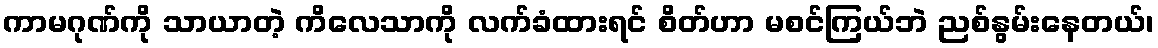
ကာမဂုဏ်ကို သာယာတဲ့ ကိလေသာကို လက်ခံထားရင် စိတ်ဟာ မစင်ကြယ်ဘဲ ညစ်နွမ်းနေတယ်၊